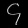
Digit: ၄